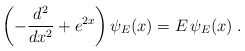
\begin{align*}\left( -\frac{d^{2}}{dx^{2}}+e^{2x}\right) \psi _{E}(x)=E\,\psi_{E}(x)\;.\end{align*}